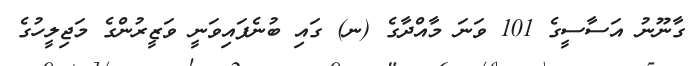
ގާނޫނު އަސާސީގެ 101 ވަނަ މާއްދާގެ (ނ) ގައި ބުނެފައިވަނީ ވަޒީރުންގެ މަޖިލީހުގެ